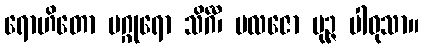
ရောဟိတော မဂ္ဂုရော သိင်္ဂီ၊ ဗလဇော မုဉ္ဇ ပါဝုသာ။